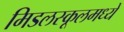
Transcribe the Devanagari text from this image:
मिडलस्कूलमध्ये